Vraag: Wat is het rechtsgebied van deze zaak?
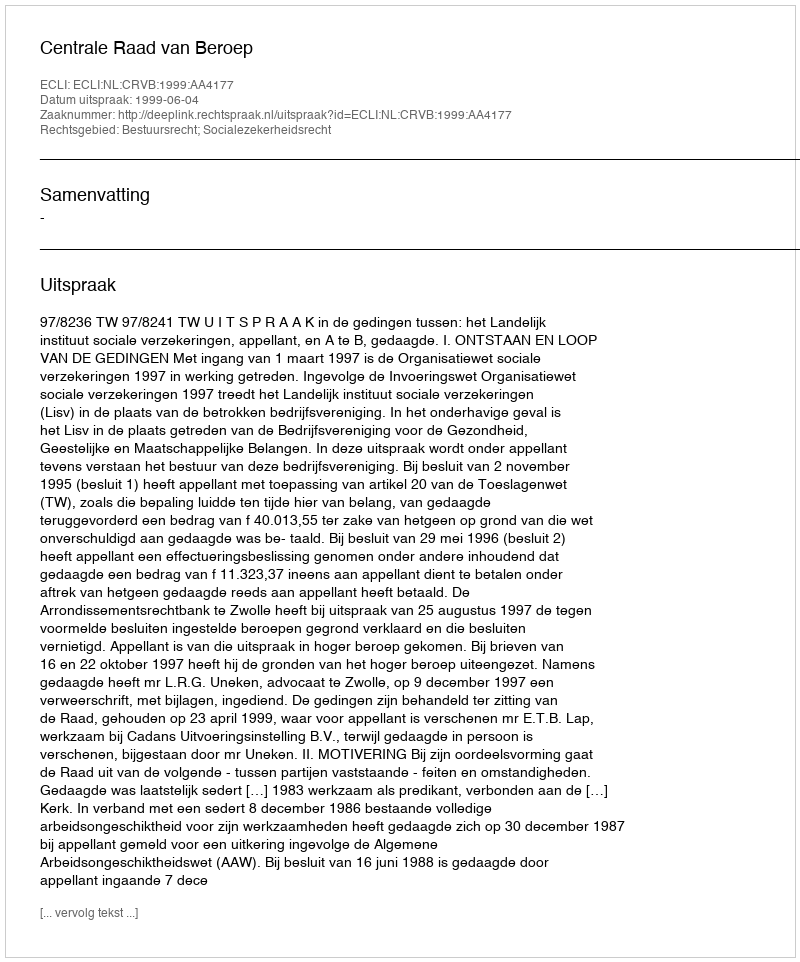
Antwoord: Bestuursrecht; Socialezekerheidsrecht